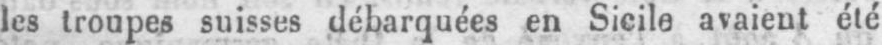
les troupes suisses débarquées en Sicile avaient été